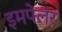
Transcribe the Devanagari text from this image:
इमपेलर